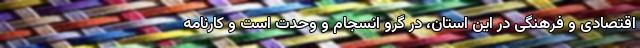
اقتصادی و فرهنگی در این استان، در گرو انسجام و وحدت است و کارنامه